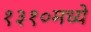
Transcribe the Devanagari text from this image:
१३१०मध्ये